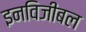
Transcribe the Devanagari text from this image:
इनविजीबल